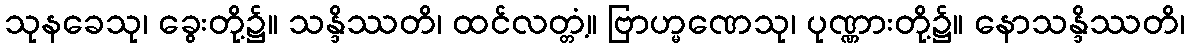
သုနခေသု၊ ခွေးတို့၌။ သန္ဒိဿတိ၊ ထင်လတ္တံ့။ ဗြာဟ္မဏေသု၊ ပုဏ္ဏားတို့၌။ နောသန္ဒိဿတိ၊